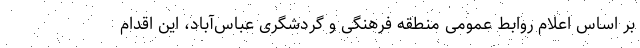
بر اساس اعلام روابط عمومی منطقه فرهنگی و گردشگری عباس‌آباد، این اقدام